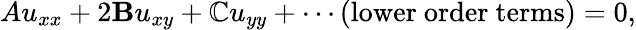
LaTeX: Au_{xx}+2\mathbf{B}u_{xy}+\mathbb{C}u_{yy}+\cdots{\mathrm{{(lower~order~terms)}}}=0,